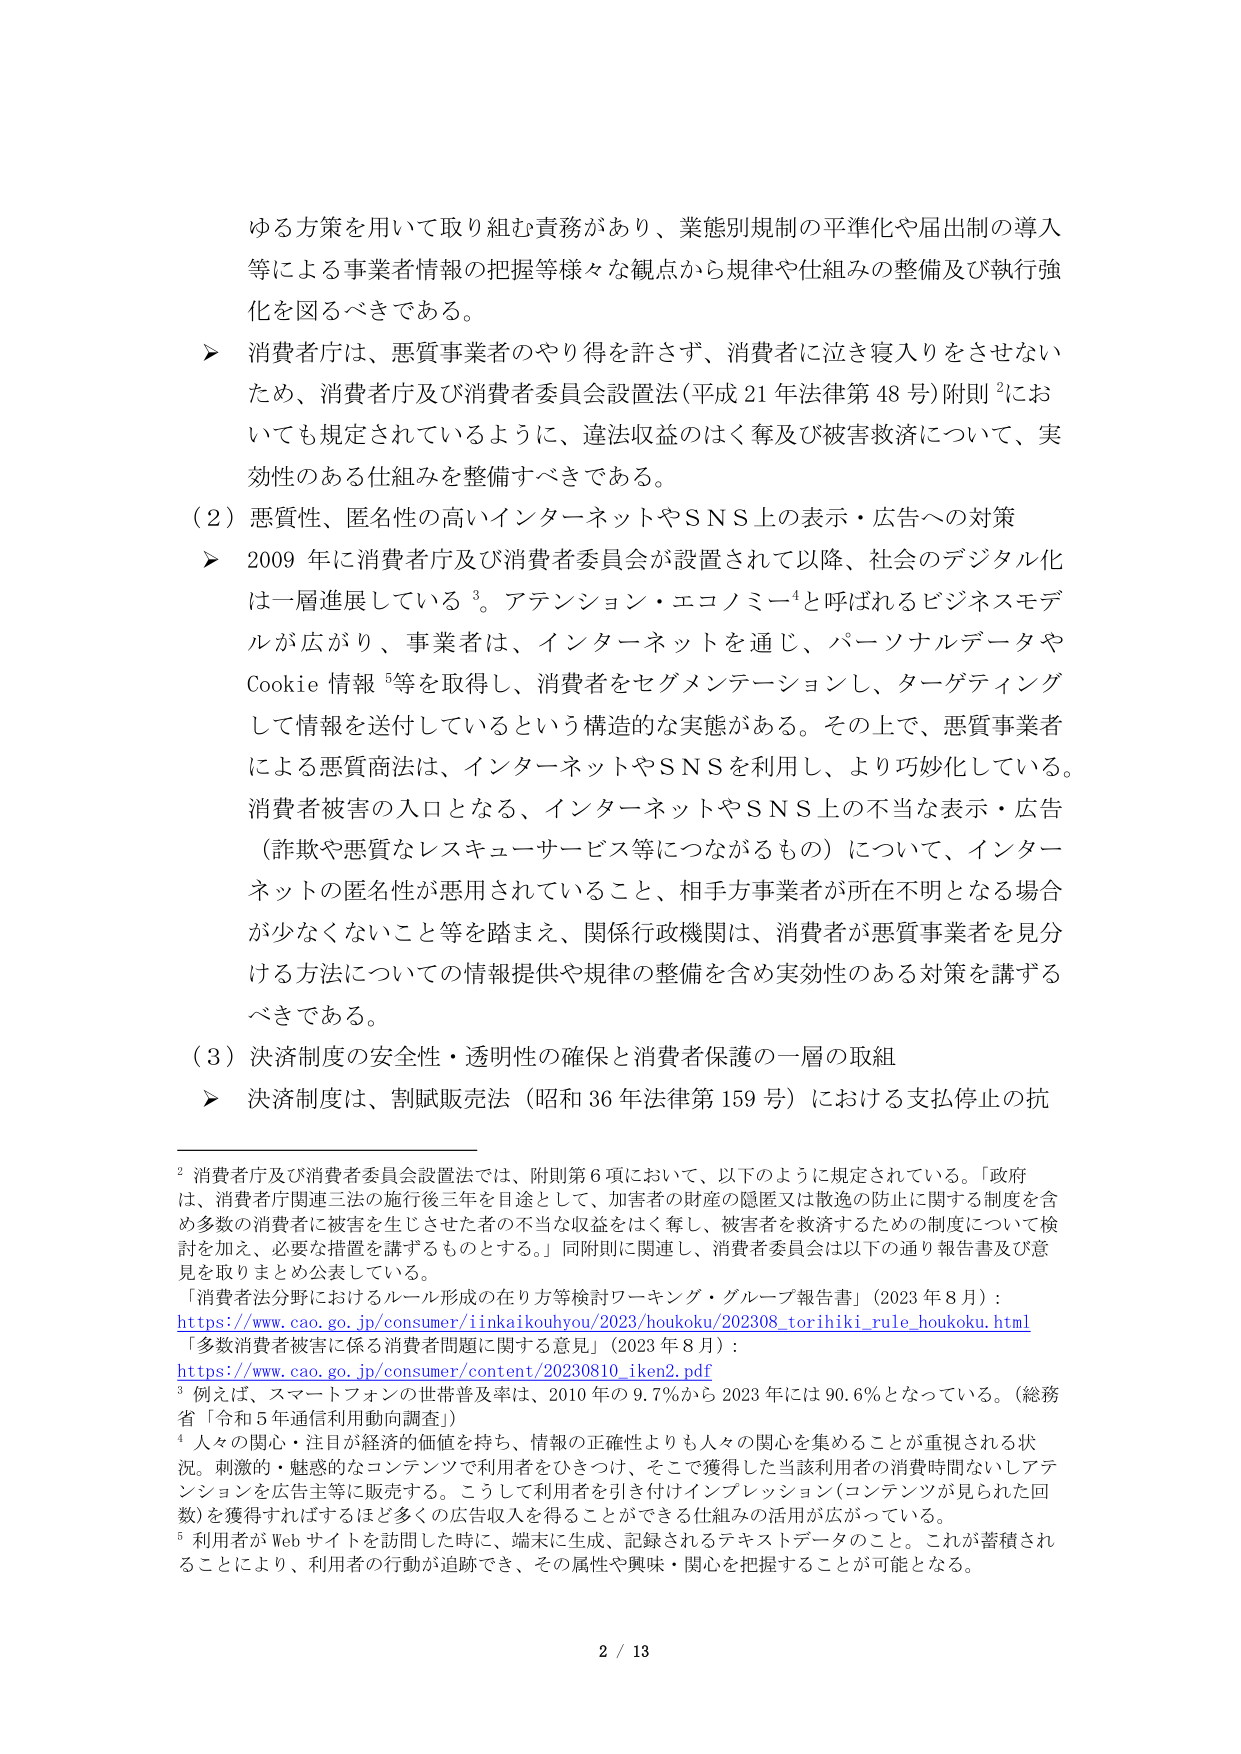
ゆる方策を用いて取り組む責務があり、業態別規制の平準化や届出制の導入等による事業者情報の把握等様々な観点から規律や仕組みの整備及び執行強化を図るべきである。

▶ 消費者庁は、悪質事業者のやり得を許さず、消費者に泣き寝入りをさせないため、消費者庁及び消費者委員会設置法（平成21年法律第48号）附則²においても規定されているように、違法収益のはく奪及び被害救済について、実効性のある仕組みを整備すべきである。

（2）悪質性、匿名性の高いインターネットやSNS上の表示・広告への対策

▶ 2009年に消費者庁及び消費者委員会が設置されて以降、社会のデジタル化は一層進展している³。アテンション・エコノミー⁴と呼ばれるビジネスモデルが広がり、事業者は、インターネットを通じ、パーソナルデータやCookie情報⁵等を取得し、消費者をセグメンテーションし、ターゲティングして情報を送付しているという構造的な実態がある。その上で、悪質事業者による悪質商法は、インターネットやSNSを利用し、より巧妙化している。消費者被害の入口となる、インターネットやSNS上の不当な表示・広告（詐欺や悪質なレスキューサービス等につながるもの）について、インターネットの匿名性が悪用されていること、相手方事業者が所在不明となる場合が少なくないこと等を踏まえ、関係行政機関は、消費者が悪質事業者を見分ける方法についての情報提供や規律の整備を含め実効性のある対策を講ずるべきである。

（3）決済制度の安全性・透明性の確保と消費者保護の一層の取組

▶ 決済制度は、割賦販売法（昭和36年法律第159号）における支払停止の抗

² 消費者庁及び消費者委員会設置法では、附則第6項において、以下のように規定されている。「政府は、消費者庁関連三法の施行後三年を目途として、加害者の財産の隠匿又は散逸の防止に関する制度を含め多数の消費者に被害を生じさせた者の不当な収益をはく奪し、被害者を救済するための制度について検討を加え、必要な措置を講ずるものとする。」同附則に関連し、消費者委員会は以下の通り報告書及び意見を取りまとめ公表している。
「消費者法分野におけるルール形成の在り方等検討ワーキング・グループ報告書」（2023年8月）：
https://www.cao.go.jp/consumer/iinkaikouhyou/2023/houkoku/202308_torihiki_rule_houkoku.html
「多数消費者被害に係る消費者問題に関する意見」（2023年8月）：
https://www.cao.go.jp/consumer/content/20230810_iken2.pdf

³ 例えば、スマートフォンの世帯普及率は、2010年の9.7％から2023年には90.6％となっている。（総務省「令和5年通信利用動向調査」）

⁴ 人々の関心・注目が経済的価値を持ち、情報の正確性よりも人々の関心を集めることが重視される状況。刺激的・魅惑的なコンテンツで利用者をひきつけ、そこで獲得した当該利用者の消費時間ないしアテンションを広告主等に販売する。こうして利用者を引き付けインプレッション（コンテンツが見られた回数）を獲得すればするほど多くの広告収入を得ることができる仕組みの活用が広がっている。

⁵ 利用者がWebサイトを訪問した時に、端末に生成、記録されるテキストデータのこと。これが蓄積されることにより、利用者の行動が追跡でき、その属性や興味・関心を把握することが可能となる。

2 / 13